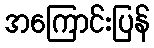
အကြောင်းပြန်